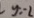
y = - 2